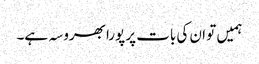
ہمیں تو ان کی بات پر پورا بھروسہ ہے۔